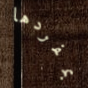
بمفردها